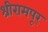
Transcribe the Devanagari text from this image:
श्रीरामपूर्